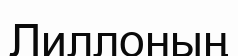
Лиллоның